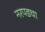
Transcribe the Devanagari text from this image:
नरपडचा